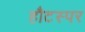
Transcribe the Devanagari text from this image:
हौटस्पर